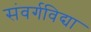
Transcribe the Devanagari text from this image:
संवर्गविद्या